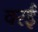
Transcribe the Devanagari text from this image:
वरई